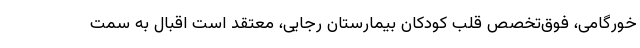
خورگامی، فوق‌تخصص قلب کودکان بیمارستان رجایی، معتقد است اقبال به سمت